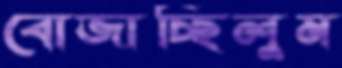
বোজাচ্ছিলুম